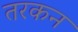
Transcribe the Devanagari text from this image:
तरकन